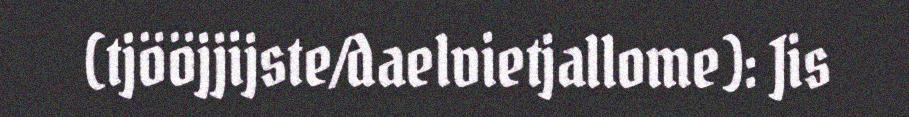
(tjööjjijste/daelvietjallome): Jis